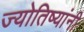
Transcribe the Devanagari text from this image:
ज्योतिष्यांनी